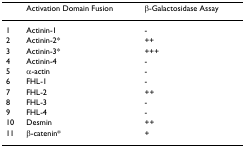
<table><thead><tr><td></td><td><b>Activation Domain Fusion</b></td><td><b>β-Galactosidase Assay</b></td></tr></thead><tbody><tr><td>1</td><td>Actinin-1</td><td>-</td></tr><tr><td>2</td><td>Actinin-2*</td><td>++</td></tr><tr><td>3</td><td>Actinin-3*</td><td>+++</td></tr><tr><td>4</td><td>Actinin-4</td><td>-</td></tr><tr><td>5</td><td>α-actin</td><td>-</td></tr><tr><td>6</td><td>FHL-1</td><td>-</td></tr><tr><td>7</td><td>FHL-2</td><td>++</td></tr><tr><td>8</td><td>FHL-3</td><td>-</td></tr><tr><td>9</td><td>FHL-4</td><td>-</td></tr><tr><td>10</td><td>Desmin</td><td>++</td></tr><tr><td>11</td><td>β-catenin*</td><td>+</td></tr></tbody></table>